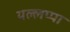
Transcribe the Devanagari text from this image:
यल्लप्पा